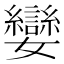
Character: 孌